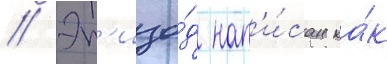
// Эп'изо́д нап'и́сан ка́к